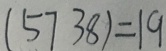
( 5 7 3 8 ) = 1 9